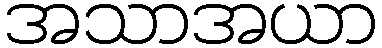
အသာအယာ